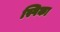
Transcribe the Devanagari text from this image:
स्पिका